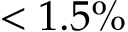
< 1 . 5 \%